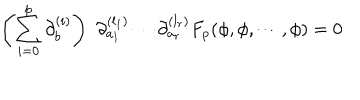
\left( \sum _ { i = 0 } ^ { p } \partial _ { b } ^ { ( i ) } \right) \, \, \partial _ { a _ { 1 } } ^ { ( l _ { 1 } ) } \cdots \partial _ { a _ { r } } ^ { ( l _ { r } ) } F _ { p } ( \phi , \phi , \cdots , \phi ) = 0